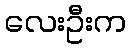
လေးဦးက